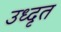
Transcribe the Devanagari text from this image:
उध्दृत